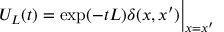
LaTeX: U _ { L } ( t ) = \exp ( - t L ) \delta ( x , x ^ { \prime } ) \Big \vert _ { x = x ^ { \prime } }